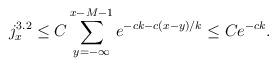
LaTeX: \begin{align*}j_{x}^{3.2}\le C\sum_{y=-\infty}^{x-M-1}e^{-ck-c(x-y)/k}\le Ce^{-ck}.\end{align*}